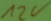
Text: 12V